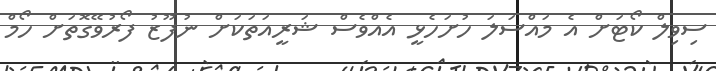
ސިވިލް ކޯޓަށް އެ މައްސަލަ ހުށަހެޅީ އެއްވެސް ޝަރީއަތަކަށް ނުފޫޒު ފޯރުވޭގޮތަށް ހޯމް